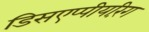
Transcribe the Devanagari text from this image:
डिसएप्पीयरिंग